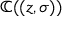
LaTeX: \mathbb { C } ( ( z , \sigma ) )